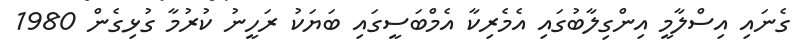
ގެނައި އިސްލާމީ އިންގިލާބުގައި އެމެރިކާ އެމްބަސީގައި ބަޔަކު ރަހީނު ކުރުމާ ގުޅިގެން 1980